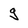
Character: 9